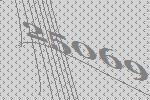
25069